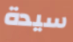
سيدة